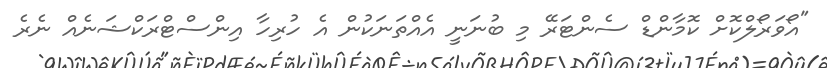
"އޯވަރޯލްކޮށް ކޮމާންޑް ސެންޓަރޭ މި ބުނަނީ އެއްތަނަކުން އެ ހުރިހާ އިންސްޓްރަކްޝަނެއް ނެރެ